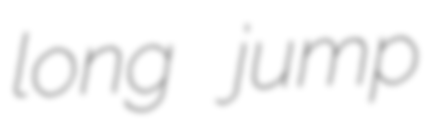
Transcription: long jump